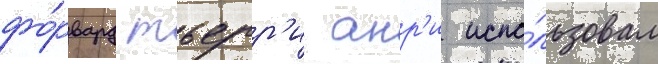
фо́рвард тьерр'и анр'и испо́льзовал